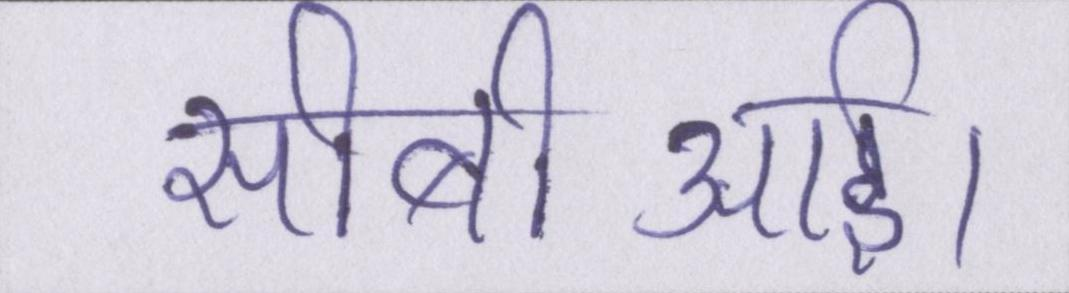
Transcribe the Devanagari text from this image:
सीबीआई।